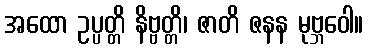
အထော ဥပ္ပတ္တိ နိဗ္ဗတ္တိ၊ ဇာတိ ဇနန မုဗ္ဘဝေါ။